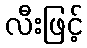
လီးဖြင့်